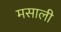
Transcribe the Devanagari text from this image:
मसाली